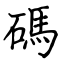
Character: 碼